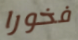
فخورا